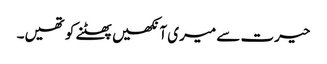
حیرت سے میری آنکھیں پھٹنے کو تھیں۔